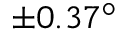
\pm 0 . 3 7 ^ { \circ }